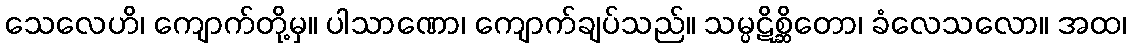
သေလေဟိ၊ ကျောက်တို့မှ။ ပါသာဏော၊ ကျောက်ချပ်သည်။ သမ္ပဋိစ္ဆိတော၊ ခံလေသလော။ အထ၊